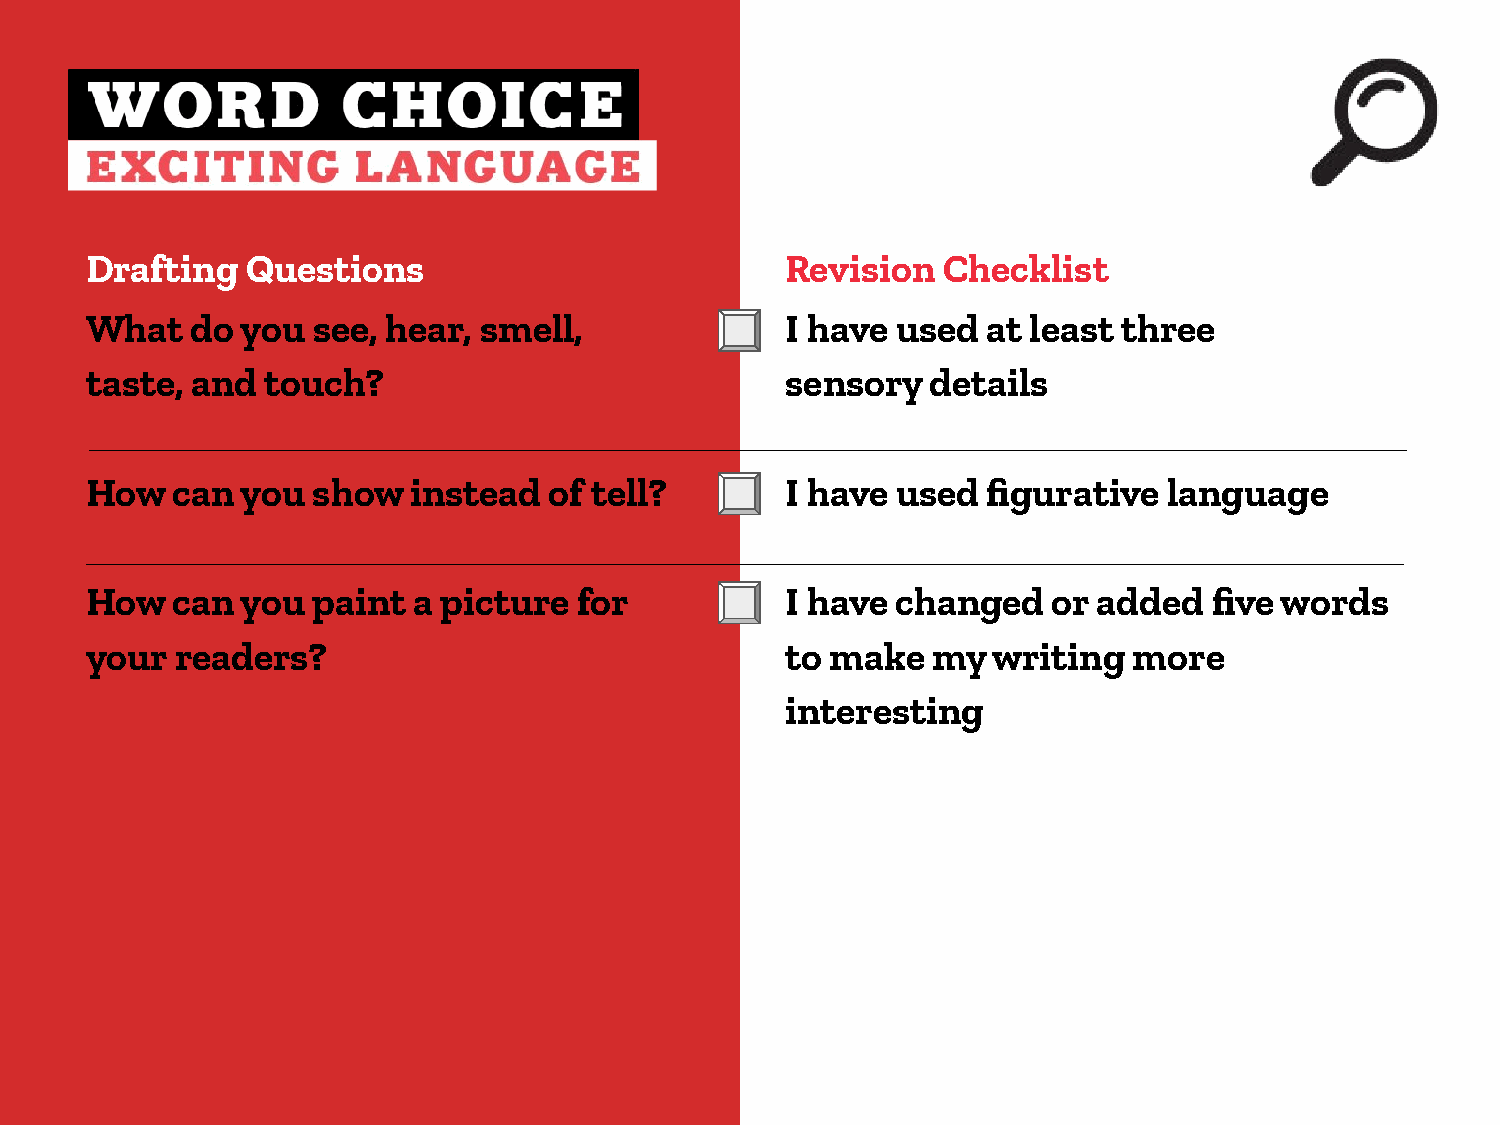
Drafting  Questions                           Revision  Checklist
 What   do you  see, hear, smell,              I have used  at least three
 taste, and  touch?                            sensory   details
 How  can  you  show  instead  of tell?        I have used  figurative  language
 How  can  you  paint a picture  for           I have changed    or added  five words
 your  readers?                                to make   my  writing  more
 interesting